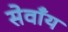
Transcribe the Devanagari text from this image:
सेवाँय